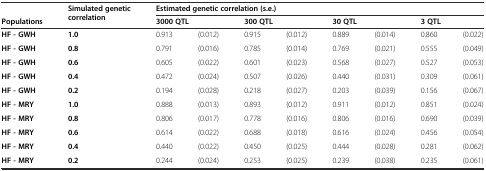
|  | <ROWSPAN=2> Simulated genetic correlation | <COLSPAN=8> Estimated genetic correlation (s.e.) |
 | Populations | <COLSPAN=2> 3000 QTL | <COLSPAN=2> 300 QTL | <COLSPAN=2> 30 QTL | <COLSPAN=2> 3 QTL |
 | --- | --- | --- | --- | --- | --- | --- | --- | --- | --- |
 | HF - GWH | 1.0 | 0.913 | (0.012) | 0.915 | (0.012) | 0.889 | (0.014) | 0.860 | (0.022) |
 | HF - GWH | 0.8 | 0.791 | (0.016) | 0.785 | (0.014) | 0.769 | (0.021) | 0.555 | (0.049) |
 | HF - GWH | 0.6 | 0.605 | (0.022) | 0.601 | (0.023) | 0.568 | (0.027) | 0.527 | (0.053) |
 | HF - GWH | 0.4 | 0.472 | (0.024) | 0.507 | (0.026) | 0.440 | (0.031) | 0.309 | (0.061) |
 | HF - GWH | 0.2 | 0.194 | (0.028) | 0.218 | (0.027) | 0.203 | (0.039) | 0.156 | (0.067) |
 | HF - MRY | 1.0 | 0.888 | (0.013) | 0.893 | (0.012) | 0.911 | (0.012) | 0.851 | (0.024) |
 | HF - MRY | 0.8 | 0.806 | (0.017) | 0.778 | (0.016) | 0.806 | (0.016) | 0.690 | (0.039) |
 | HF - MRY | 0.6 | 0.614 | (0.022) | 0.688 | (0.018) | 0.616 | (0.024) | 0.456 | (0.054) |
 | HF - MRY | 0.4 | 0.440 | (0.022) | 0.450 | (0.025) | 0.444 | (0.028) | 0.281 | (0.062) |
 | HF - MRY | 0.2 | 0.244 | (0.024) | 0.253 | (0.025) | 0.239 | (0.038) | 0.235 | (0.061) |